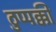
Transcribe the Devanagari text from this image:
ठुप्पक्की